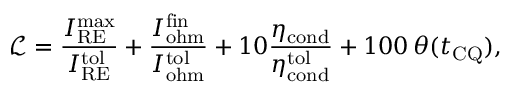
\mathcal { L } = \frac { I _ { \mathrm { R E } } ^ { \mathrm { m a x } } } { I _ { \mathrm { R E } } ^ { \mathrm { t o l } } } + \frac { I _ { \mathrm { o h m } } ^ { \mathrm { f i n } } } { I _ { \mathrm { o h m } } ^ { \mathrm { t o l } } } + 1 0 \frac { \eta _ { \mathrm { c o n d } } } { \eta _ { \mathrm { c o n d } } ^ { \mathrm { t o l } } } + 1 0 0 \, \theta ( t _ { \mathrm { C Q } } ) ,